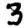
Digit: 3